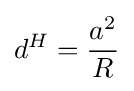
d^{H}={\frac {a^{2}}{R}}